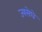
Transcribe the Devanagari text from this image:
ज्यसेघे